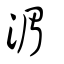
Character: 湄